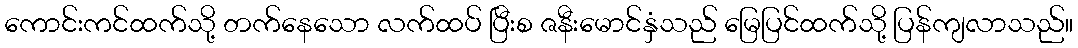
ကောင်းကင်ထက်သို့ တက်နေသော လက်ထပ် ပြီးစ ဇနီးမောင်နှံသည် မြေပြင်ထက်သို့ ပြန်ကျလာသည်။